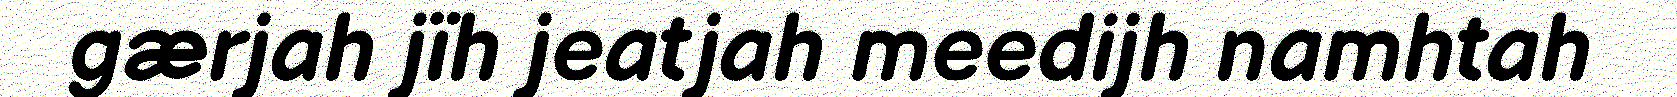
gærjah jïh jeatjah meedijh namhtah